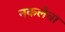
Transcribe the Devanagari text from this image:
नकलेचा